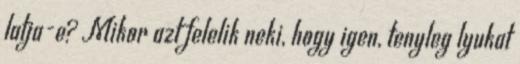
latja-e? Mikor azt felelik neki, hogy igen, tenyleg lyukat